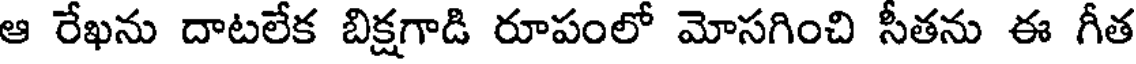
ఆ రేఖను దాటలేక బిక్షగాడి రూపంలో మోసగించి సీతను ఈ గీత